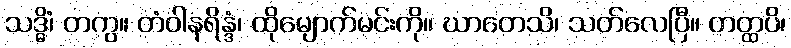
သဒ္ဓိံ၊ တကွ။ တံဝါနရိန္ဒံ၊ ထိုမျောက်မင်းကို။ ဃာတေသိ၊ သတ်လေပြီ။ တတ္ထပိ၊